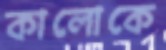
কালোকে